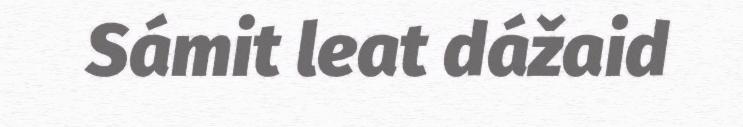
Sámit leat dážaid